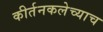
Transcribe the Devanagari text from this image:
कीर्तनकलेच्याच